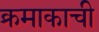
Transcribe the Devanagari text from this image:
क्रमाकाची